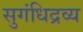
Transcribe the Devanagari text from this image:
सुगंधिद्रव्य